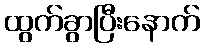
ထွက်ခွာပြီးနောက်